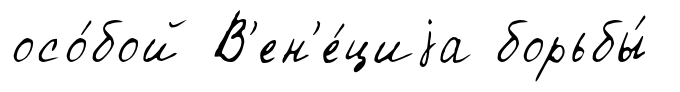
осо́бой В'ен'е́циjа борьбы́